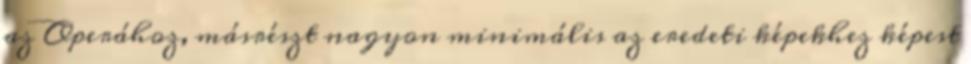
az Operához, másrészt nagyon minimális az eredeti képekhez képest